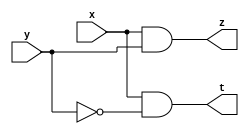
module Det1(x,y,z,t);
input x,y;
output z,t;
wire n;
and(z,x,y);
not(n,y);
and(t,x,n);
endmodule

module Detectb1(a,b);
input[23:0] a;
output[23:0] b;
wire m[23:1];
assign b[23]=a[23];
not(m1,a[23]);
Det1 s1(m1,a[22],b[22],m2);
Det1 s2(m2,a[21],b[21],m3);
Det1 s3(m3,a[20],b[20],m4);
Det1 s4(m4,a[19],b[19],m5);
Det1 s5(m5,a[18],b[18],m6);
Det1 s6(m6,a[17],b[17],m7);
Det1 s7(m7,a[16],b[16],m8);
Det1 s8(m8,a[15],b[15],m9);
Det1 s9(m9,a[14],b[14],m10);
Det1 s10(m10,a[13],b[13],m11);
Det1 s11(m11,a[12],b[12],m12);
Det1 s12(m12,a[11],b[11],m13);
Det1 s13(m13,a[10],b[10],m14);
Det1 s14(m14,a[9],b[9],m15);
Det1 s15(m15,a[8],b[8],m16);
Det1 s16(m16,a[7],b[7],m17);
Det1 s17(m17,a[6],b[6],m18);
Det1 s18(m18,a[5],b[5],m19);
Det1 s19(m19,a[4],b[4],m20);
Det1 s20(m20,a[3],b[3],m21);
Det1 s21(m21,a[2],b[2],m22);
Det1 s22(m22,a[1],b[1],m23);
and(b[0],a[0],m23);
endmodule